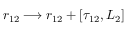
r _ { 1 2 } \longrightarrow r _ { 1 2 } + [ \tau _ { 1 2 } , L _ { 2 } ]